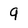
Character: 9